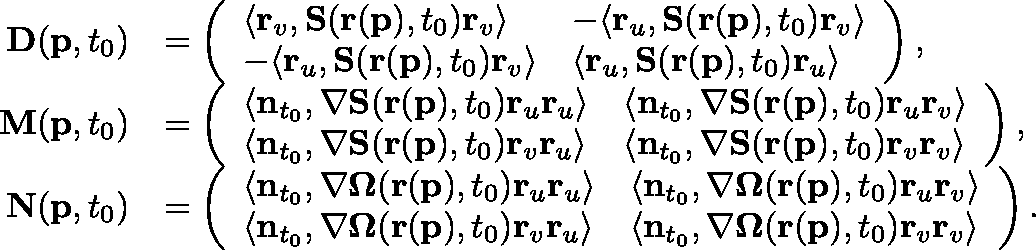
\begin{array} { r l } { \mathbf { D } ( \mathbf { p } , t _ { 0 } ) } & { = \left( \begin{array} { l l } { \langle \mathbf { r } _ { v } , \mathbf { S } ( \mathbf { r } ( \mathbf { p } ) , t _ { 0 } ) \mathbf { r } _ { v } \rangle } & { - \langle \mathbf { r } _ { u } , \mathbf { S } ( \mathbf { r } ( \mathbf { p } ) , t _ { 0 } ) \mathbf { r } _ { v } \rangle } \\ { - \langle \mathbf { r } _ { u } , \mathbf { S } ( \mathbf { r } ( \mathbf { p } ) , t _ { 0 } ) \mathbf { r } _ { v } \rangle } & { \langle \mathbf { r } _ { u } , \mathbf { S } ( \mathbf { r } ( \mathbf { p } ) , t _ { 0 } ) \mathbf { r } _ { u } \rangle } \end{array} \right) , } \\ { \mathbf { M } ( \mathbf { p } , t _ { 0 } ) } & { = \left( \begin{array} { l l } { \langle \mathbf { n } _ { t _ { 0 } } , \mathbf { \nabla S } ( \mathbf { r } ( \mathbf { p } ) , t _ { 0 } ) \mathbf { r } _ { u } \mathbf { r } _ { u } \rangle } & { \langle \mathbf { n } _ { t _ { 0 } } , \mathbf { \nabla S } ( \mathbf { r } ( \mathbf { p } ) , t _ { 0 } ) \mathbf { r } _ { u } \mathbf { r } _ { v } \rangle } \\ { \langle \mathbf { n } _ { t _ { 0 } } , \mathbf { \nabla S } ( \mathbf { r } ( \mathbf { p } ) , t _ { 0 } ) \mathbf { r } _ { v } \mathbf { r } _ { u } \rangle } & { \langle \mathbf { n } _ { t _ { 0 } } , \mathbf { \nabla S } ( \mathbf { r } ( \mathbf { p } ) , t _ { 0 } ) \mathbf { r } _ { v } \mathbf { r } _ { v } \rangle } \end{array} \right) , } \\ { \mathbf { N } ( \mathbf { p } , t _ { 0 } ) } & { = \left( \begin{array} { l l } { \langle \mathbf { n } _ { t _ { 0 } } , \mathbf { \nabla \Omega } ( \mathbf { r } ( \mathbf { p } ) , t _ { 0 } ) \mathbf { r } _ { u } \mathbf { r } _ { u } \rangle } & { \langle \mathbf { n } _ { t _ { 0 } } , \mathbf { \nabla \Omega } ( \mathbf { r } ( \mathbf { p } ) , t _ { 0 } ) \mathbf { r } _ { u } \mathbf { r } _ { v } \rangle } \\ { \langle \mathbf { n } _ { t _ { 0 } } , \mathbf { \nabla \Omega } ( \mathbf { r } ( \mathbf { p } ) , t _ { 0 } ) \mathbf { r } _ { v } \mathbf { r } _ { u } \rangle } & { \langle \mathbf { n } _ { t _ { 0 } } , \mathbf { \nabla \Omega } ( \mathbf { r } ( \mathbf { p } ) , t _ { 0 } ) \mathbf { r } _ { v } \mathbf { r } _ { v } \rangle } \end{array} \right) . } \end{array}